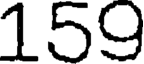
159